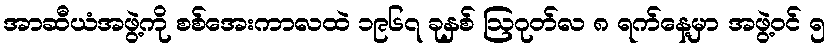
အာဆီယံအဖွဲ့ကို စစ်အေးကာလထဲ ၁၉၆၇ ခုနှစ် ဩဂုတ်လ ၈ ရက်နေ့မှာ အဖွဲ့ဝင် ၅